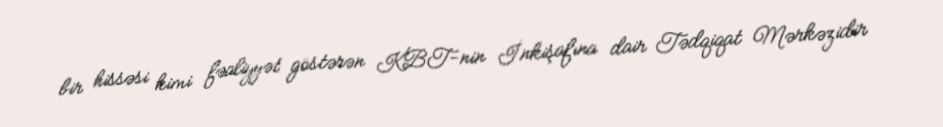
bir hissəsi kimi fəaliyyət göstərən KBT-nin İnkişafına dair Tədqiqat Mərkəzidir